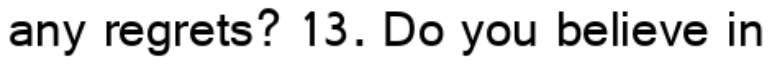
any regrets? 13. Do you believe in